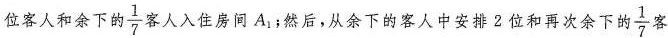
位客人和余下的\frac{1}{7}客人入住房间A_{1}。然后，从余下的客人中安排2位和再次余下的 \frac{1}{7}客